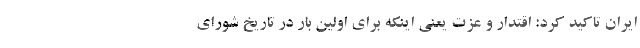
ایران تاکید کرد: اقتدار و عزت یعنی اینکه برای اولین بار در تاریخ شورای